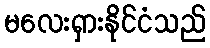
မလေးရှားနိုင်ငံသည်